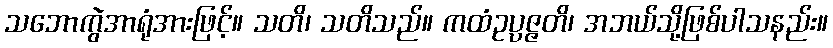
သဘောကွဲအာရုံအားဖြင့်။ သတိ၊ သတိသည်။ ကထံဥပ္ပဇ္ဇတိ၊ အဘယ်သို့ဖြစ်ပါသနည်း။